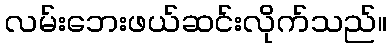
လမ်းဘေးဖယ်ဆင်းလိုက်သည်။